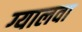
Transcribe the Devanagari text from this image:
ग्यालवा